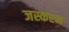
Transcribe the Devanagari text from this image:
जस्करन